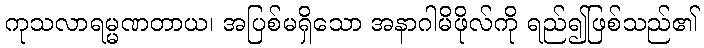
ကုသလာရမ္မဏတာယ၊ အပြစ်မရှိသော အနာဂါမိဖိုလ်ကို ရည်၍ဖြစ်သည်၏